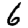
Digit: 6